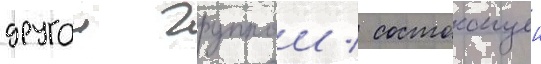
другои группои / состоащеи